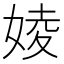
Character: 婈